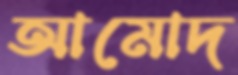
আমোদ